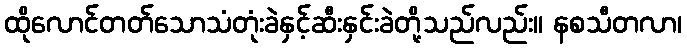
ထိုလောင်တတ်သောသံတုံးခဲနှင့်ဆီးနှင်းခဲတို့သည်လည်း။ နစသီတလာ၊